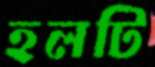
হলটি